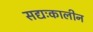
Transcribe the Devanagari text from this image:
सद्यःकालीन